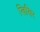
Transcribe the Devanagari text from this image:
खिखिर